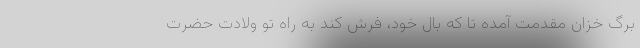
برگِ خزانِ مقدمت آمده‌ تا که بال خود، فرش کند به راهِ تو ولادت حضرت